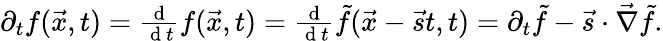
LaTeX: \begin{array}{r}{\partial_{t}f(\vec{x},t)=\frac{\mathrm{~d~}}{\mathrm{~d~}t}f(\vec{x},t)=\frac{\mathrm{~d~}}{\mathrm{~d~}t}\tilde{f}(\vec{x}-\vec{s}t,t)=\partial_{t}\tilde{f}-\vec{s}\cdot\vec{\nabla}\tilde{f}.}\end{array}